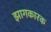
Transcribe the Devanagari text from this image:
झागकारक